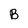
Character: B